Report of veterinary surgeon J.H. Steel, A.V.D., on his investigation into an obscure and fatal disease among transport mules in British Burma
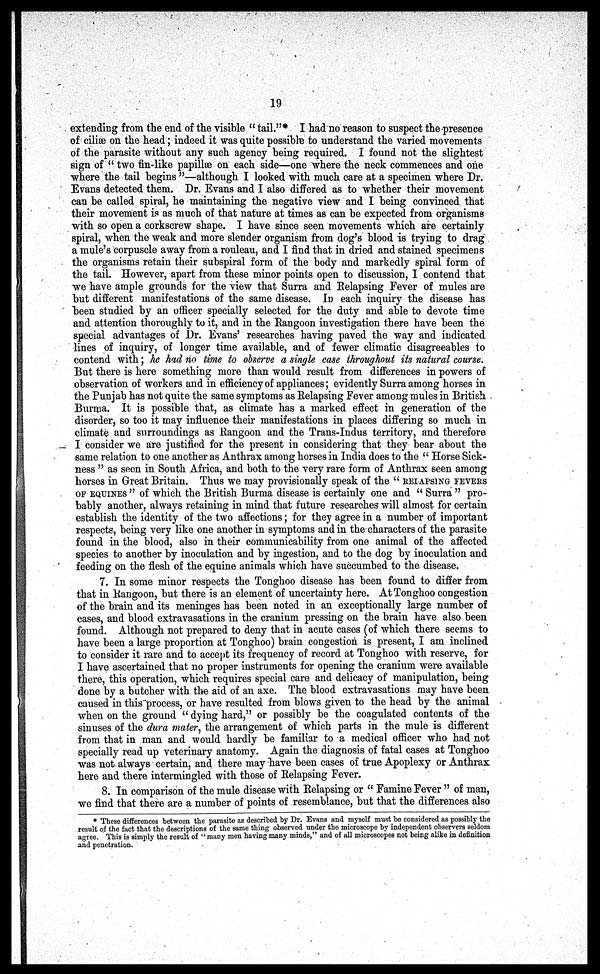
19
extending from the end of the visible " tail."* I had no reason to suspect the presence
of ciliæ on the head; indeed it was quite possible to understand the varied movements
of the parasite without any such agency being required. I found not the slightest
sign of " two fin-like papillæ on each side—one where the neck commences and one
where the tail begins "—although I looked with much care at a specimen where Dr.
Evans detected them. Dr. Evans and I also differed as to whether their movement
can be called spiral, he maintaining the negative view and I being convinced that
their movement is as much of that nature at times as can be expected from organisms
with so open a corkscrew shape. I have since seen movements which are certainly
spiral, when the weak and more slender organism from dog's blood is trying to drag
a mule's corpuscle away from a rouleau, and I find that in dried and stained specimens
the organisms retain their subspiral form of the body and markedly spiral form of
the tail. However, apart from these minor points open to discussion, I contend that
we have ample grounds for the view that Surra and Relapsing Fever of mules are
but different manifestations of the same disease. In each inquiry the disease has
been studied by an officer specially selected for the duty and able to devote time
and attention thoroughly to it, and in the Rangoon investigation there have been the
special advantages of Dr. Evans' researches having paved the way and indicated
lines of inquiry, of longer time available, and of fewer climatic disagreeables to
contend with; he had no time to observe a single case throughout its natural course.
But there is here something more than would result from differences in powers of
observation of workers and in efficiency of appliances; evidently Surra among horses in
the Punjab has not quite the same symptoms as Relapsing Fever among mules in British
Burma. It is possible that, as climate has a marked effect in generation of the
disorder, so too it may influence their manifestations in places differing so much in
climate and surroundings as Rangoon and the Trans-Indus territory, and therefore
I consider we are justified for the present in considering that they bear about the
same relation to one another as Anthrax among horses in India does to the " Horse Sick-
ness " as seen in South Africa, and both to the very rare form of Anthrax seen among
horses in Great Britain. Thus we may provisionally speak of the " RELAPSING FEVERS
OF EQUINES " of which the British Burma disease is certainly one and " Surra " pro-
bably another, always retaining in mind that future researches will almost for certain
establish the identity of the two affections; for they agree in a number of important
respects, being very like one another in symptoms and in the characters of the parasite
found in the blood, also in their communicability from one animal of the affected
species to another by inoculation and by ingestion, and to the dog by inoculation and
feeding on the flesh of the equine animals which have succumbed to the disease.
7. In some minor respects the Tonghoo disease has been found to differ from
that in Rangoon, but there is an element of uncertainty here. At Tonghoo congestion
of the brain and its meninges has been noted in an exceptionally large number of
cases, and blood extravasations in the cranium pressing on the brain have also been
found. Although not prepared to deny that in acute cases (of which there seems to
have been a large proportion at Tonghoo) brain congestion is present, I am inclined
to consider it rare and to accept its frequency of record at Tonghoo with reserve, for
I have ascertained that no proper instruments for opening the cranium were available
there, this operation, which requires special care and delicacy of manipulation, being
done by a butcher with the aid of an axe. The blood extravasations may have been
caused in this process, or have resulted from blows given to the head by the animal
when on the ground " dying hard," or possibly be the coagulated contents of the
sinuses of the dura mater, the arrangement of which parts in the mule is different
from that in man and would hardly be familiar to a medical officer who had not
specially read up veterinary anatomy. Again the diagnosis of fatal cases at Tonghoo
was not always certain, and there may have been cases of true Apoplexy or Anthrax
here and there intermingled with those of Relapsing Fever.
8. In comparison of the mule disease with Relapsing or " Famine Fever " of man,
we find that there are a number of points of resemblance, but that the differences also
* These differences between the parasite as described by Dr. Evans and myself must be considered as possibly the
result of the fact that the descriptions of the same thing observed under the microscope by independent observers seldom
agree. This is simply the result of "many men having many minds," and of all microscopes not being alike in definition
and penetration.